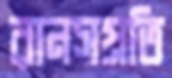
রানসপ্রতি